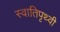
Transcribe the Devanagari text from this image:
स्वातिपृथ्वी